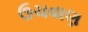
ઉચવાણ